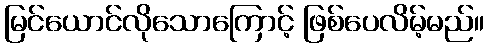
မြင်ယောင်လိုသောကြောင့် ဖြစ်ပေလိမ့်မည်။